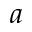
a